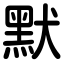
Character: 默